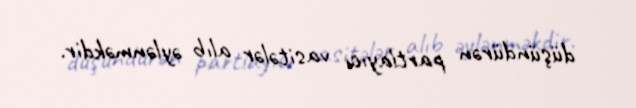
düşündürən partlayıcı vasitələr alıb əylənməkdir.